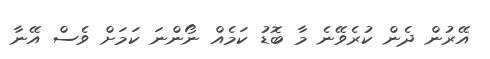
އޭރުން ދެން ކުރެވޭނެ މާ ބޮޑު ކަމެއް ނޯންނަ ކަމަށް ވެސް އޭނާ